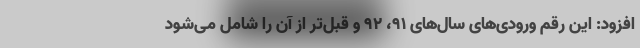
افزود: این رقم ورودی‌های سال‌های ۹۱، ۹۲ و قبل‌تر از آن را شامل می‌شود